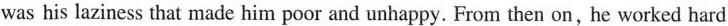
was his laziness that made him poor and unhappy. From then on,he worked hard